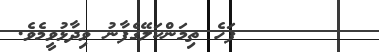
١٠       ފަހެ ތިމަންކަލޭގެފާނު ވިދާޅުވީމެވެ.